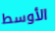
الأوسط